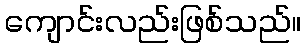
ကျောင်းလည်းဖြစ်သည်။